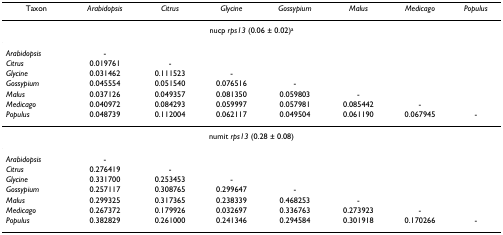
<table><thead><tr><td><b>Taxon</b></td><td><b><i>Arabidopsis</i></b></td><td><b><i>Citrus</i></b></td><td><b><i>Glycine</i></b></td><td><b><i>Gossypium</i></b></td><td><b><i>Malus</i></b></td><td><b><i>Medicago</i></b></td><td><b><i>Populus</i></b></td></tr></thead><tbody><tr><td colspan="8">nucp <i>rps13 </i>(0.06 ± 0.02)<sup>a</sup></td></tr><tr><td><i>Arabidopsis</i></td><td>-</td><td></td><td></td><td></td><td></td><td></td><td></td></tr><tr><td><i>Citrus</i></td><td>0.019761</td><td>-</td><td></td><td></td><td></td><td></td><td></td></tr><tr><td><i>Glycine</i></td><td>0.031462</td><td>0.111523</td><td>-</td><td></td><td></td><td></td><td></td></tr><tr><td><i>Gossypium</i></td><td>0.045554</td><td>0.051540</td><td>0.076516</td><td>-</td><td></td><td></td><td></td></tr><tr><td><i>Malus</i></td><td>0.037126</td><td>0.049357</td><td>0.081350</td><td>0.059803</td><td>-</td><td></td><td></td></tr><tr><td><i>Medicago</i></td><td>0.040972</td><td>0.084293</td><td>0.059997</td><td>0.057981</td><td>0.085442</td><td>-</td><td></td></tr><tr><td><i>Populus</i></td><td>0.048739</td><td>0.112004</td><td>0.062117</td><td>0.049504</td><td>0.061190</td><td>0.067945</td><td>-</td></tr><tr><td colspan="8">numit <i>rps13 </i>(0.28 ± 0.08)</td></tr><tr><td><i>Arabidopsis</i></td><td>-</td><td></td><td></td><td></td><td></td><td></td><td></td></tr><tr><td><i>Citrus</i></td><td>0.276419</td><td>-</td><td></td><td></td><td></td><td></td><td></td></tr><tr><td><i>Glycine</i></td><td>0.331700</td><td>0.253453</td><td>-</td><td></td><td></td><td></td><td></td></tr><tr><td><i>Gossypium</i></td><td>0.257117</td><td>0.308765</td><td>0.299647</td><td>-</td><td></td><td></td><td></td></tr><tr><td><i>Malus</i></td><td>0.299325</td><td>0.317365</td><td>0.238339</td><td>0.468253</td><td>-</td><td></td><td></td></tr><tr><td><i>Medicago</i></td><td>0.267372</td><td>0.179926</td><td>0.032697</td><td>0.336763</td><td>0.273923</td><td>-</td><td></td></tr><tr><td><i>Populus</i></td><td>0.382829</td><td>0.261000</td><td>0.241346</td><td>0.294584</td><td>0.301918</td><td>0.170266</td><td>-</td></tr></tbody></table>